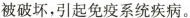
被破坏，引起免疫系统疾病。